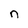
Character: n